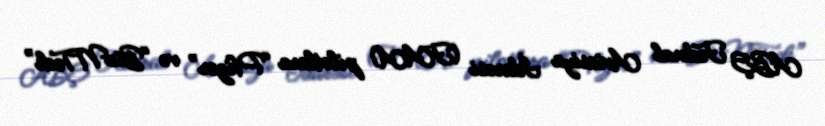
ABŞ Federal Aviasiya İdarəsi (FAA) pilotlara “Pfizer” və “BioNTech”